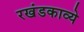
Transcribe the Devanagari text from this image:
रखंडकाव्ये